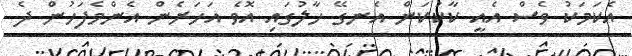
އެކަމަކު ވެސް އެއީ ކާކުކަން އެނގޭ ހާލުގައި އޮވެ އަހަރެން އެންމެފަހުން ދެ